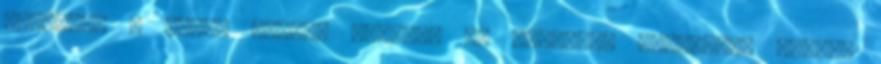
tetszett a cikk, kérjük kövesse az Abszolút Biztonság blogot